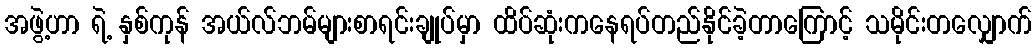
အဖွဲ့ဟာ ရဲ့ နှစ်ကုန် အယ်လ်ဘမ်များစာရင်းချုပ်မှာ ထိပ်ဆုံးကနေရပ်တည်နိုင်ခဲ့တာကြောင့် သမိုင်းတလျှောက်